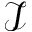
\mathcal { I }